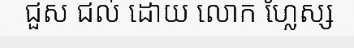
ជួស ជល់ ដោយ លោក ហ្លែស្ស